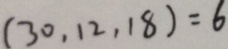
( 3 0 , 1 2 , 1 8 ) = 6